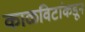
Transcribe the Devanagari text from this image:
काळविटांकडून